Scientific memoirs by medical officers of the Army of India - Part V,
Year: 1890
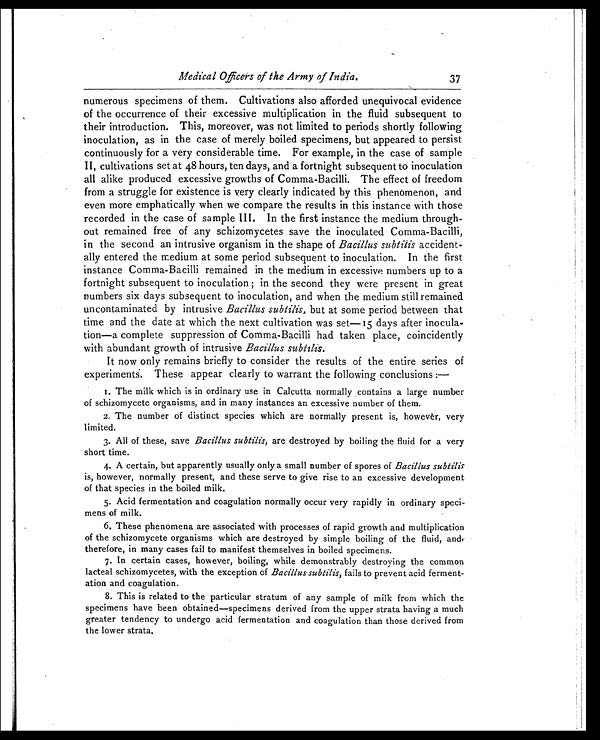
Medical Officers of the Army of India.
numerous specimens of them. Cultivations also afforded unequivocal evidence
of the occurrence of their excessive multiplication in the fluid subsequent to
their introduction. This, moreover, was not limited to periods shortly following
inoculation, as in the case of merely boiled specimens, but appeared to persist
continuously for a very considerable time. For example, in the case of sample
II, cultivations set at 48 hours, ten days, and a fortnight subsequent to inoculation
all alike produced excessive growths of Comma-Bacilli. The effect of freedom
from a struggle for existence is very clearly indicated by this phenomenon, and
even more emphatically when we compare the results in this instance with those
recorded in the case of sample III. In the first instance the medium through
-out remained free of any schizomycetes save the inoculated Comma-Bacilli,
in the second an intrusive organism in the shape of Bacillus subtilis accident
-ally entered the medium at some period subsequent to inoculation. In the first
instance Comma-Bacilli remained in the medium in excessive numbers up to a
fortnight subsequent to inoculation; in the second they were present in great
numbers six days subsequent to inoculation, and when the medium still remained
uncontaminated by intrusive Bacillus subtilis, but at some period between that
time and the date at which the next cultivation was set-15 days after inocula
-tion—a complete suppression of Comma-Bacilli had taken place, coincidently
with abundant growth of intrusive Bacillus subtilis.
It now only remains briefly to consider the results of the entire series of
experiments. These appear clearly to warrant the following conclusions:-
1. The milk which is in ordinary use in Calcutta normally contains a large number
of schizomycete organisms, and in many instances an excessive number of them.
2. The number of distinct species which are normally present is, however, very
limited.
3. All of these, save Bacillus subtilis, are destroyed by boiling the fluid for a very
short time.
4. A certain, but apparently usually only a small number of spores of Bacillus subtilis
is, however, normally present, and these serve to give rise to an excessive development
of that species in the boiled milk.
5. Acid fermentation and coagulation normally occur very rapidly in ordinary speci
-mens of milk.
6. These phenomena are associated with processes of rapid growth and multiplication
of the schizomycete organisms which are destroyed by simple boiling of the fluid, and,
therefore, in many cases fail to manifest themselves in boiled specimens.
7. In certain cases, however, boiling, while demonstrably destroying the common
lacteal schizomycetes, with the exception of Bacillus subtilis, fails to prevent acid ferment
-ation and coagulation.
8. This is related to the particular stratum of any sample of milk from which the
specimens have been obtained—specimens derived from the upper strata having a much
greater tendency to undergo acid fermentation and coagulation than those derived from
the lower strata.
37